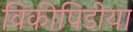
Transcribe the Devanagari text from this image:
विकीपिडीया